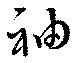
袖